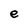
Character: e